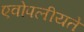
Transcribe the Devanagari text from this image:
एवोपलीयते